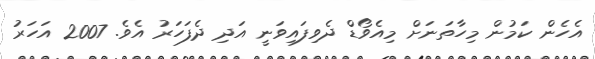
އެހެން ކަމުން މިހާތަނަށް މިއެވޯޑް ދެވިފައިވަނީ އަދި ދެފަހަރު އެވެ. 2007 އަހަރު